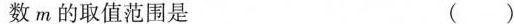
数m的取值范围是 ()